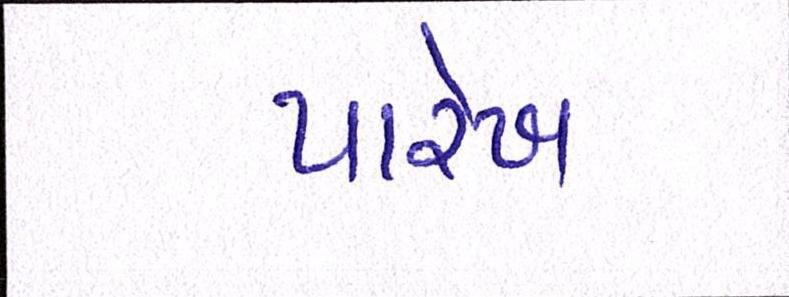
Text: પારેખ